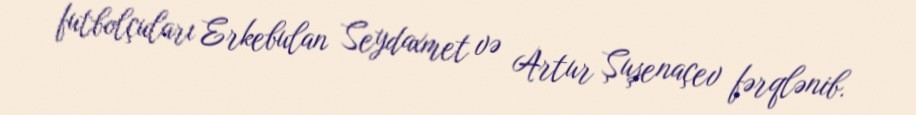
futbolçuları Erkebulan Seydaxmet və Artur Şuşenaçev fərqlənib.